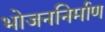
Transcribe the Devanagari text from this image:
भोजननिर्माण